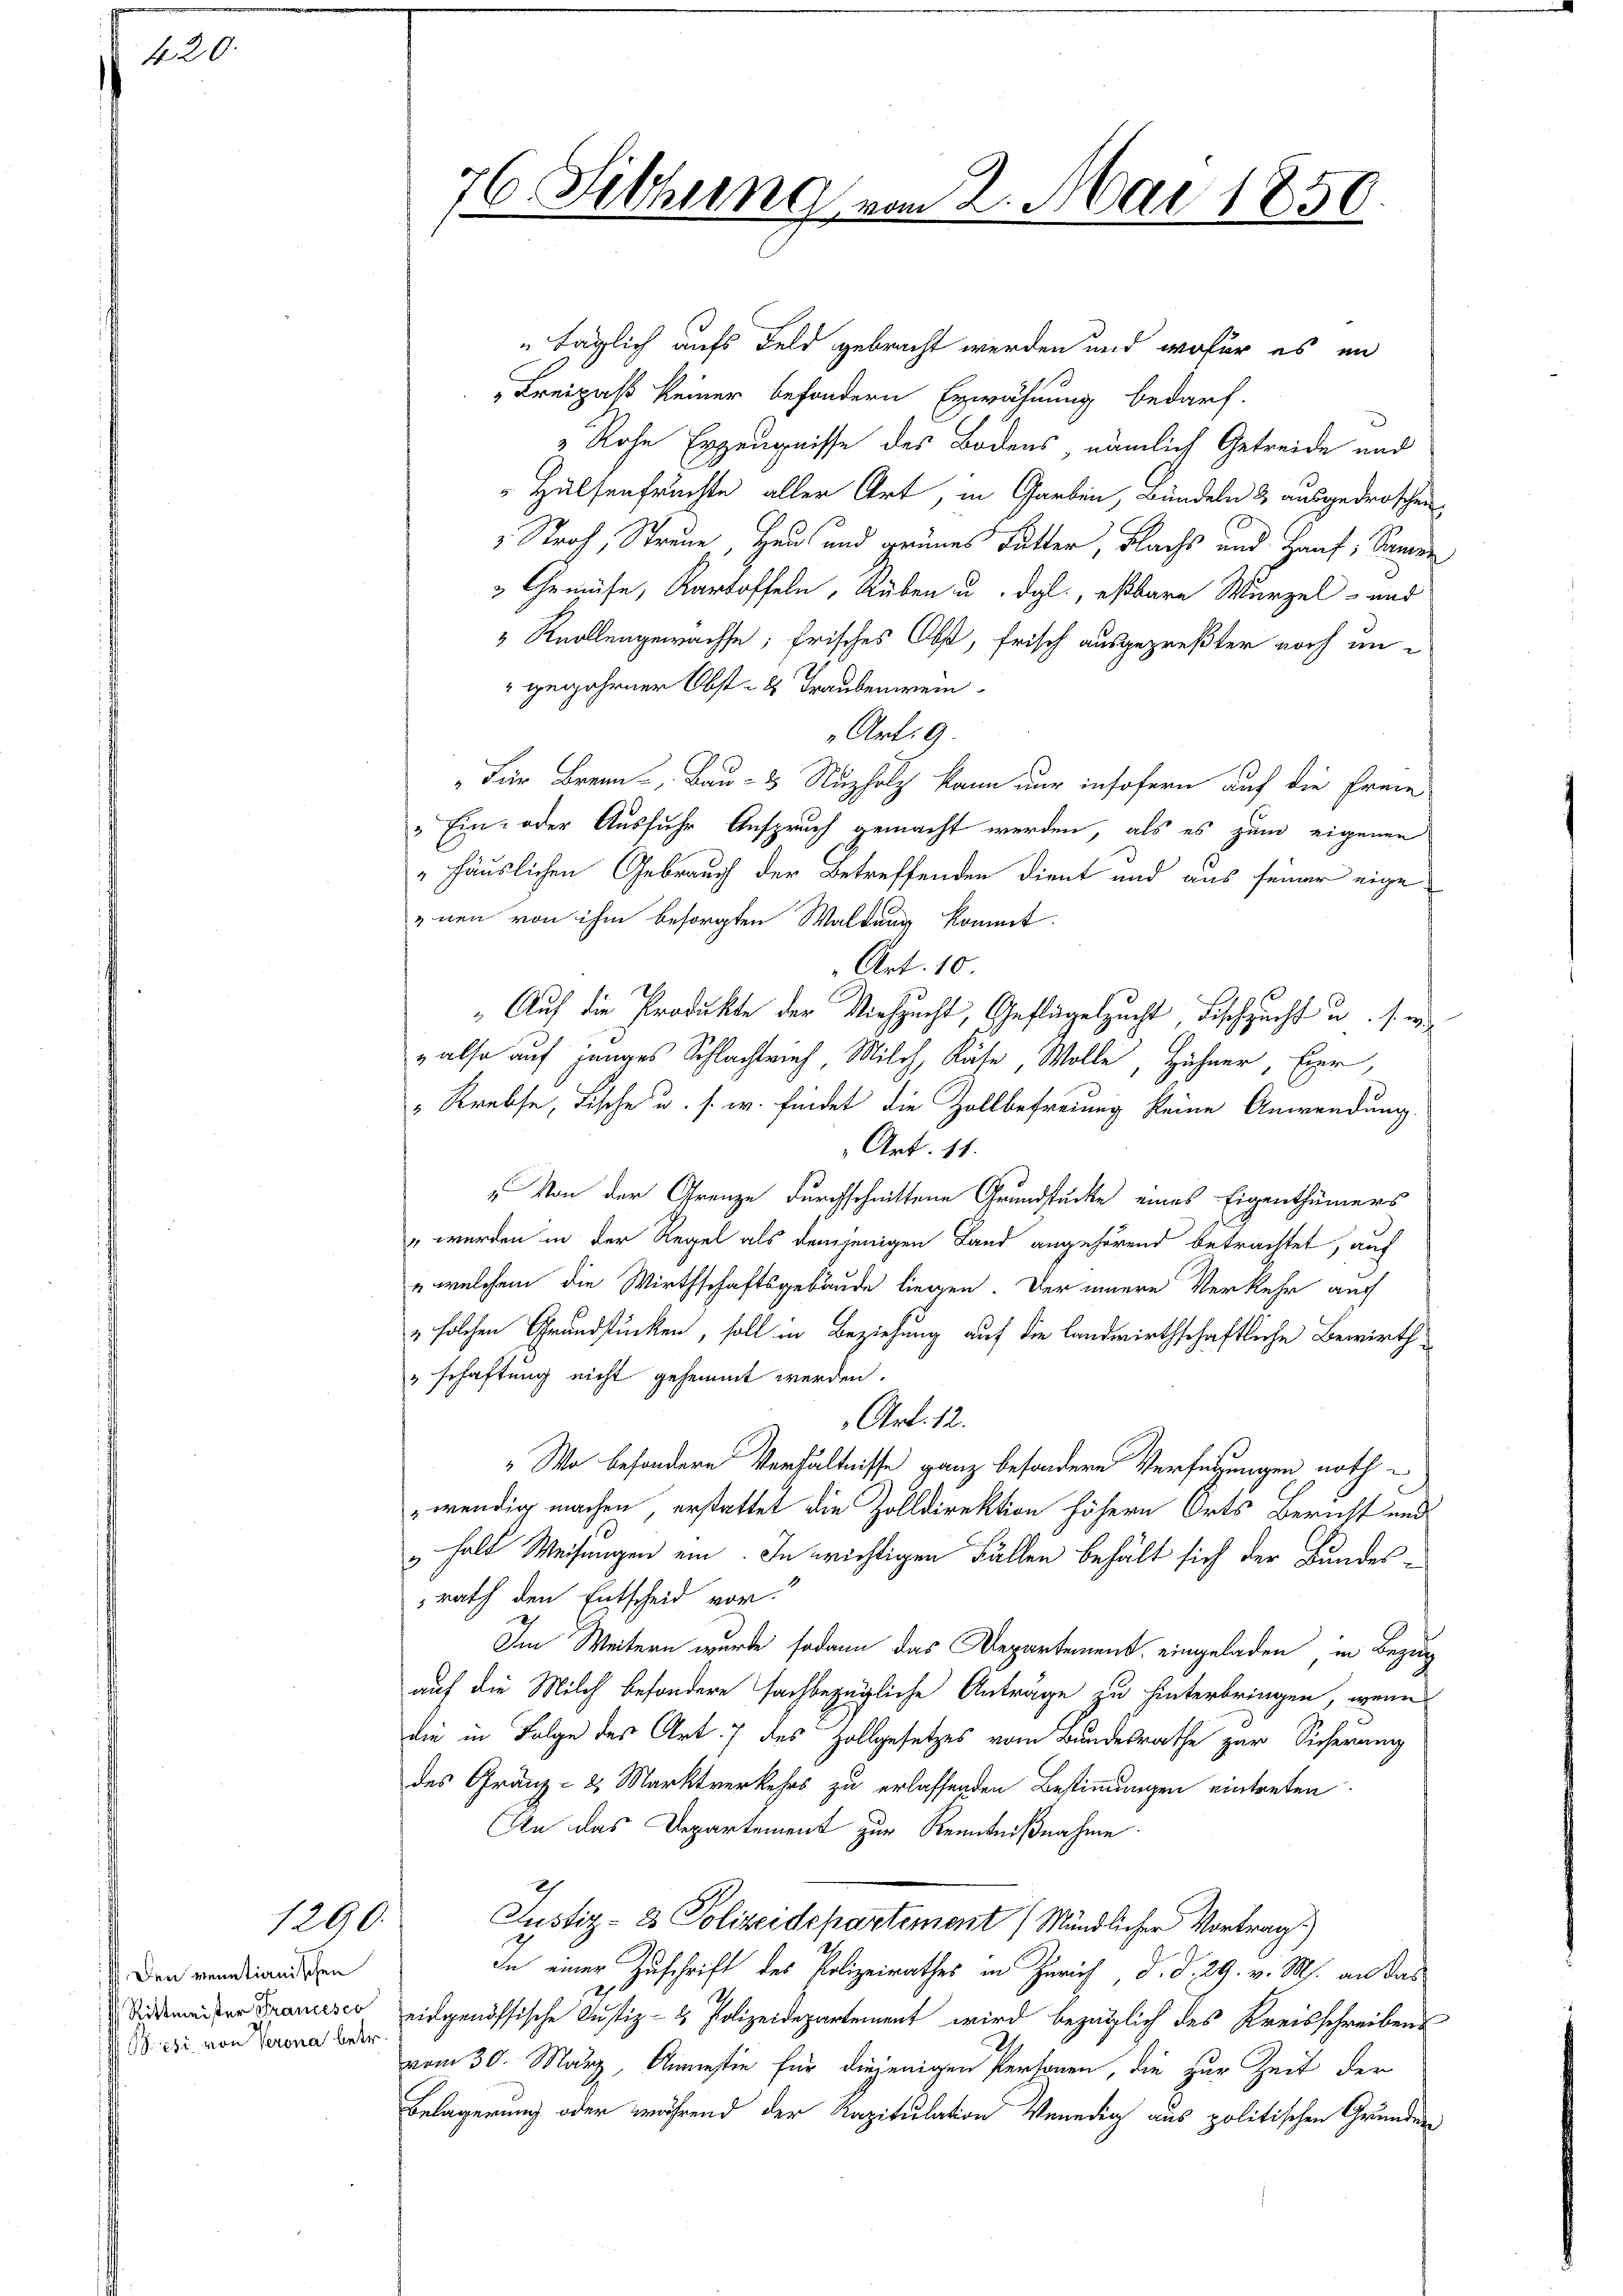
420.

1290.

Den venetianischen
Pesi, von Verona betr.

76. Sillung

14

2. Mai 1850

täglich aufs Feld gebracht werden und wofür es in
Kreipaß keiner besondern Erwähnung bedarf.
Rohe Erzeugnisse des Bodens nämlich Getreide und
Hülsenfruchte aller Art, in Garben, Bündeln & ausgedroschen,
Stroh, Streue Haus und grünes Futter, Flachs und Hanf, Samen
 Gemüse, Kartoffeln, Rüben u. dgl., eßbare Wurzel- und
" Knollengewachse, frisches Obst, frisch ausgepreßter noch un¬
" gewahrner Obst 2 Traubenwein
Art. 9.
"Für Brenn- " Bau- & Nuzholz kann nur insofern auf die Freie
"Ein- oder Ausfuhr Anspruch gemacht werden, als es zum eigenen
„häuslichen Gebrauch der Betreffenden dient und aus seiner eige
nen von ihm besorgten Waldung kommt.
Art. 10.
" Auf die Produkte der Viehzucht, Geflügelzucht, Fischzucht u. s. w
" also auf junges Schlachtrieh, Milch, Räte, Wolle, Hühner, Eier,
"Krebse, Fische u. s. w. findet die Zollbefreiung keine Anwendung
Art. 11.
 Von der Grenze durchschnittene Grundstücke eines Eigenthümers
" werden in der Regel als demjenigen Land angehörend betrachtet, auf
" welchem die Wirthschaftsgebäude liegen. Der innere Verkehr auch
" solchen Grundstücken, soll in Beziehung auf die landwirthschaftliche Bewirth
"schaftung nicht gehemmt werden.
Art. 12.
„Wo besondere Verhältnisse ganz besondere Verfügungen noth
wendig machen, erstattet die Zolldirektion höhern Orts Bericht und
halt Weisungen ein. In wichtigen Fällen behält sich der Bundesrath den Entscheid vor.
Im Weitern wurde sodann das Departement eingeladen, in Bezug
auf die Milch besondere sachbezügliche Anträge zu hinterbringen, wenn
die in Folge des Art. 7 des Zollgesetzes vom Bundesrathe zur Sicherung
des Gränz - 2. Marktverkehrs zu erlassenden Bestimmungen eintreten.
An das Departement zur Kenntnißnahme.
Justiz- & Polizeidepartement (Mündlicher Vortrag.)
In einer Zuschrift des Polizeirathes in Zürich d. d. 29. v. Ms. an das
Siedmeister Transes eidgenössische Justiz- & Polizeidepartement wird bezüglich des Kreisschreibens
vom 30. März, Anmastie für diejenigen Personen, die zur Zeit der
Belagerung oder während der Kapitulation Venedig aus politischen Grunder